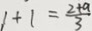
1 + 1 = \frac { 2 + a } { 3 }